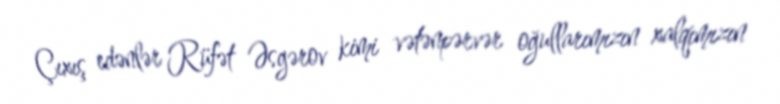
Çıxış edənlər Rüfət Əsgərov kimi vətənpərvər oğullarımızın xalqımızın